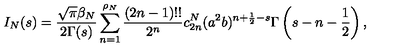
I _ { N } ( s ) = { \frac { \sqrt \pi \beta _ { N } } { 2 \Gamma ( s ) } } \sum _ { n = 1 } ^ { \rho _ { N } } { \frac { ( 2 n - 1 ) ! ! } { 2 ^ { n } } } c _ { 2 n } ^ { N } ( a ^ { 2 } b ) ^ { n + \frac 1 2 - s } \Gamma \left( s - n - \frac 1 2 \right) ,